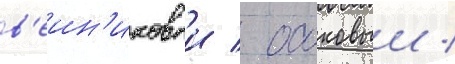
в'еин'иковыи / осоковыи /